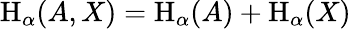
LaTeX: \mathrm{H}_{\alpha}(A,X)=\mathrm{H}_{\alpha}(A)+\mathrm{H}_{\alpha}(X)